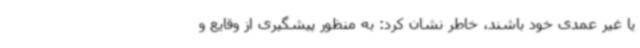
یا غیر عمدی خود باشند، خاطر نشان کرد: به منظور پیشگیری از وقایع و